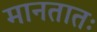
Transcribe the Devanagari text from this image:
मानतातः